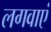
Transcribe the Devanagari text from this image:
लगवाएं